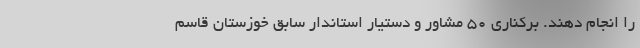
را انجام دهند. برکناری 50 مشاور و دستیار استاندار سابق خوزستان قاسم